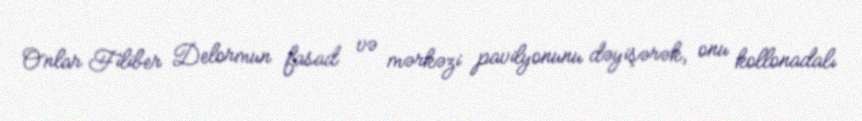
Onlar Filiber Delormun fasad və mərkəzi pavilyonunu dəyişərək, onu kollonadalı